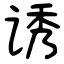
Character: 诱